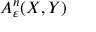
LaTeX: A _ { \varepsilon } ^ { n } ( X , Y )